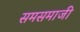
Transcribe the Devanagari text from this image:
समसमाजी